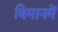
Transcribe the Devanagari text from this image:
विमानमें